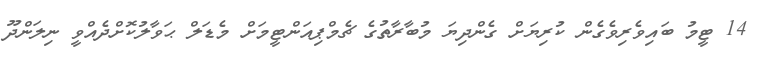
14 ޓީމު ބައިވެރިވެގެން ކުރިޔަށް ގެންދިޔަ މުބާރާތުގެ ޗެމްޕިއަންޓީމަށް މެޑަލް ޙަވާލުކޮށްދެއްވީ ނިލަންދޫ